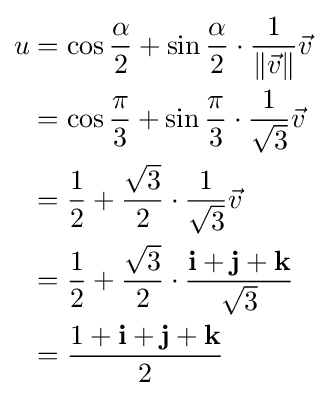
{\begin{aligned}u&=\cos {\frac {\alpha }{2}}+\sin {\frac {\alpha }{2}}\cdot {\frac {1}{\|{\vec {v}}\|}}{\vec {v}}\\&=\cos {\frac {\pi }{3}}+\sin {\frac {\pi }{3}}\cdot {\frac {1}{\sqrt {3}}}{\vec {v}}\\&={\frac {1}{2}}+{\frac {\sqrt {3}}{2}}\cdot {\frac {1}{\sqrt {3}}}{\vec {v}}\\&={\frac {1}{2}}+{\frac {\sqrt {3}}{2}}\cdot {\frac {\mathbf {i} +\mathbf {j} +\mathbf {k} }{\sqrt {3}}}\\&={\frac {1+\mathbf {i} +\mathbf {j} +\mathbf {k} }{2}}\end{aligned}}